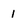
Character: 1